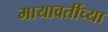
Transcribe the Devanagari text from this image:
मायावतींच्या